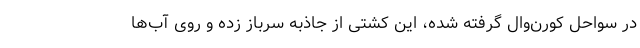
در سواحل کورن‌وال گرفته شده، این کشتی از جاذبه سرباز زده و روی آب‌ها